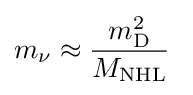
m_{\nu }\approx {\frac {m_{\text{D}}^{2}}{M_{\text{NHL}}}}\